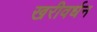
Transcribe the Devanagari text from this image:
खरीवर्धन